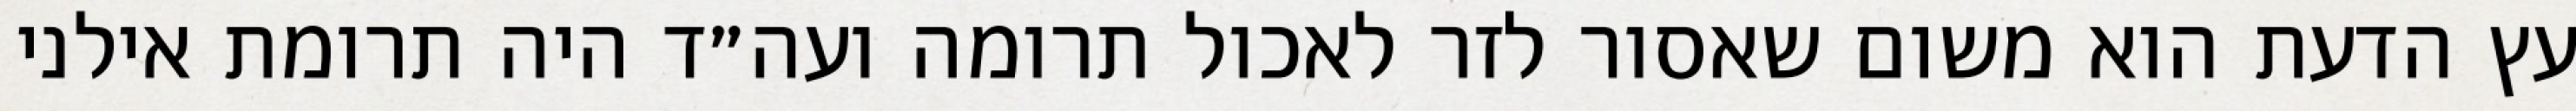
עץ הדעת הוא משום שאסור לזר לאכול תרומה ועה״ד היה תרומת אילני